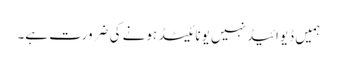
ہمیں ڈیوائیڈ نہیں یونائیٹڈ ہونے کی ضرورت ہے۔